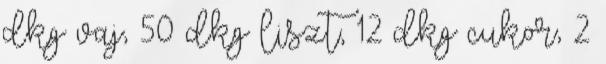
dkg vaj, 50 dkg liszt, 12 dkg cukor, 2